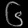
Digit: ၆